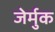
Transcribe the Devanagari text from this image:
जेर्मुक